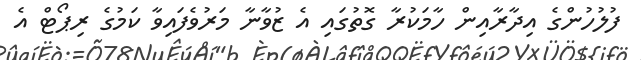
ފުލުހުންގެ އިދާރާއިން ހާމަކުރާ ގޮތުގައި އެ ޒުވާނާ މަރުވެފައިވާ ކަމުގެ ރިޕޯޓް އެ